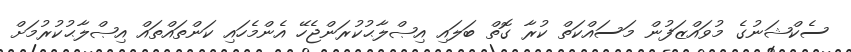
ސެކްޝަނުގެ މުވައްޒަފުން މަސައްކަތް ކުރާ ގޮތް ބަލައި އިޞްލާޙުކުރަންޖެހޭ އެންމެހައި ކަންތައްތައް އިޞްލާޙުކުރުމަށް